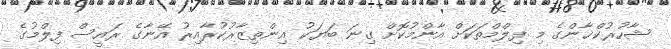
ޝާހުރުކްޚާންގެ މި ފިލްމްތަކަށް އާންމުކޮށް ގިނަ ބަޔަކު އިންތިޒާރުކުރާއިރު އޭނާގެ ރައީސް ފިލްމުގެ